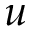
u